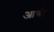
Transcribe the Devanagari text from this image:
आबी